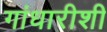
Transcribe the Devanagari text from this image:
गांधारीशी